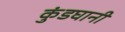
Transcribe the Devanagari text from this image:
कुंडघानी